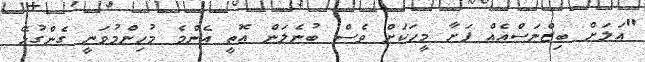
"އަލަށް ބިޒްނަސްއެއް ފަށާ މީހަކަށް ވެސް ބުނެލަން އޮތީ އެންމެ މުހިންމުވަނީ ގެންގުޅޭ